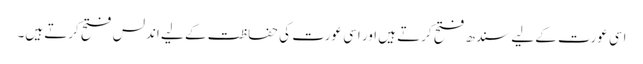
اسی عورت کے لیے سندھ فتح کرتے ہیں اور اسی عورت کی حفاظت کے لیے اندلس فتح کرتے ہیں۔